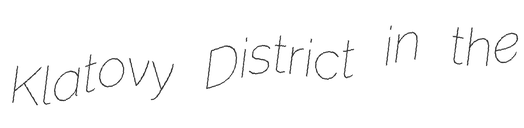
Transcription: Klatovy District in the